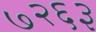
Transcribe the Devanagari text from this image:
७२६३